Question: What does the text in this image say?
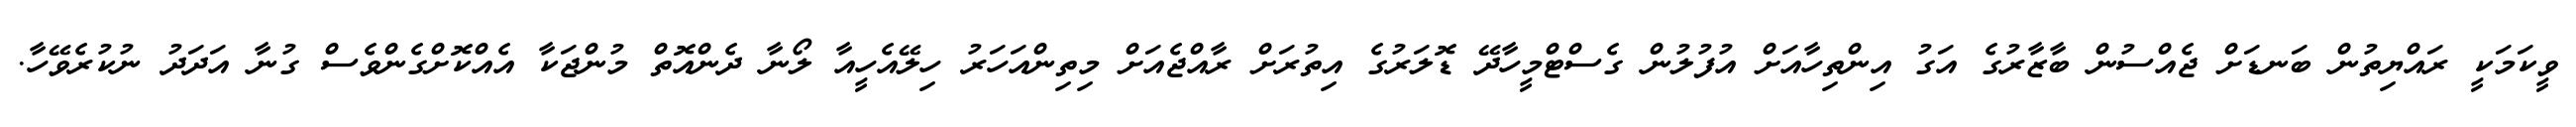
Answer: ވީކަމަކީ ރައްޔިތުން ބަނޑަށް ޖެއްސުން ބާޒާރުގެ އަގު އިންތިހާއަށް އުފުލުން ގެސްޓްމީހާދޭ ޑޮލަރުގެ އިތުރަށް ރާއްޖެއަށް މިތިންއަހަރު ހިލޭއެހީއާ ލޯނާ ދެންއޮތް މުންޖަކާ އެއްކޮށްގެންވެސް ގުނާ އަދަދު ނުކުރެވޭހާ.